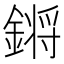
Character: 𨪙